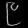
Digit: ၉